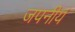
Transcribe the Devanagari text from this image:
जपनीयं